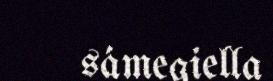
sámegiella